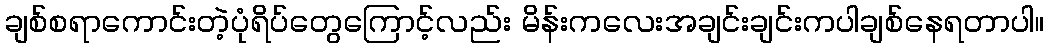
ချစ်စရာကောင်းတဲ့ပုံရိပ်တွေကြောင့်လည်း မိန်းကလေးအချင်းချင်းကပါချစ်နေရတာပါ။